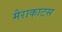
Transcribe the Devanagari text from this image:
मैराकाटस